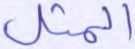
المثل